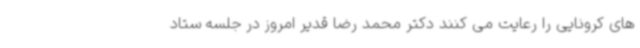
های کرونایی را رعایت می کنند دکتر محمد رضا قدیر امروز در جلسه ستاد